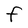
Character: F